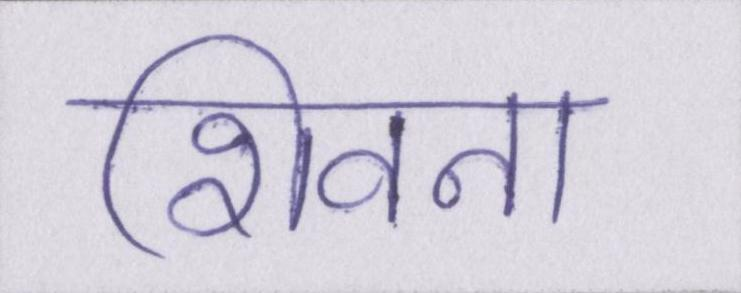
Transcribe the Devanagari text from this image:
शिवना